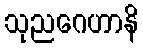
သုညဂေဟာနိ